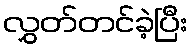
လွှတ်တင်ခဲ့ပြီး